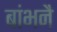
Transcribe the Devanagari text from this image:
बांभनै